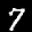
Label: 7